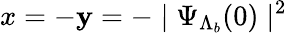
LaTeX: x=-\mathbf{y}=-\mid\Psi_{\Lambda_{b}}(0)\mid^{2}